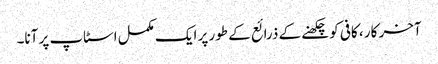
آخر کار ، کافی کو چکھنے کے ذرائع کے طور پر ایک مکمل اسٹاپ پر آنا۔